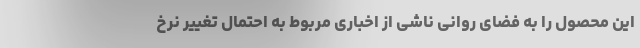
این محصول را به فضای روانی ناشی از اخباری مربوط به احتمال تغییر نرخ